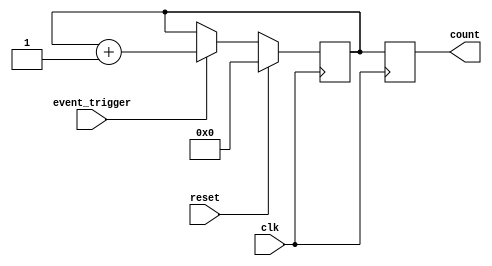
module EventTriggeredCounter (
    input wire clk,                // Clock signal
    input wire reset,              // Reset signal
    input wire event_trigger,      // Event trigger input
    output reg [7:0] count         // Current count output (8-bit wide)
);

    // Memory block to store the count value
    reg [7:0] memory_block;

    // Synchronous process for counting and resetting
    always @(posedge clk) begin
        if (reset) begin
            // Reset the count value to zero
            memory_block <= 8'b0;
        end else if (event_trigger) begin
            // Increment the count value on event trigger
            memory_block <= memory_block + 1;
        end
    end

    // Output the current count value
    always @(posedge clk) begin
        count <= memory_block;
    end

endmodule